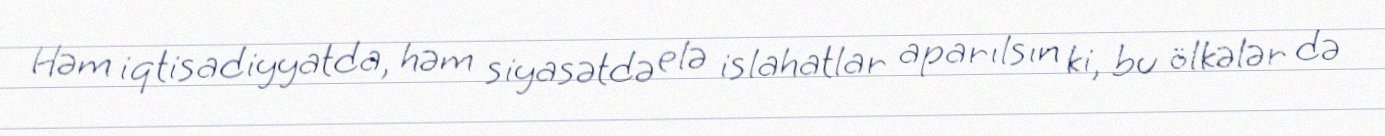
Həm iqtisadiyyatda, həm siyasətdə elə islahatlar aparılsın ki, bu ölkələr də